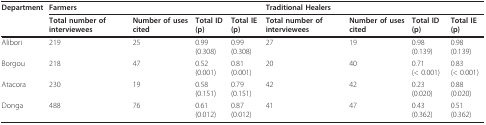
| Department | <COLSPAN=4> Farmers | <COLSPAN=4> Traditional Healers |
 |  | Total number of interviewees | Number of uses cited | Total ID (p) | Total IE (p) | Total number of interviewees | Number of uses cited | Total ID (p) | Total IE (p) |
 | --- | --- | --- | --- | --- | --- | --- | --- | --- |
 | Alibori | 219 | 25 | 0.99 (0.308) | 0.99 (0.308) | 27 | 19 | 0.98 (0.139) | 0.98 (0.139) |
 | Borgou | 218 | 47 | 0.52 (0.001) | 0.81 (0.001) | 20 | 40 | 0.71 (< 0.001) | 0.83 (< 0.001) |
 | Atacora | 230 | 19 | 0.58 (0.151) | 0.79 (0.151) | 42 | 42 | 0.23 (0.020) | 0.88 (0.020) |
 | Donga | 488 | 76 | 0.61 (0.012) | 0.87 (0.012) | 41 | 47 | 0.43 (0.362) | 0.51 (0.362) |